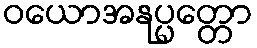
ဝယောအနုပ္ပတ္တော